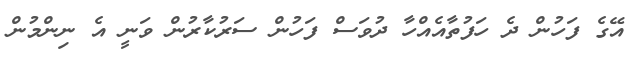
އޭގެ ފަހުން ދެ ހަފުތާއެއްހާ ދުވަސް ފަހުން ސަރުކާރުން ވަނީ އެ ނިންމުން